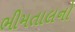
ભીમતાલનો